Calcutta medical institutions reports 1871-78
Year: 1871
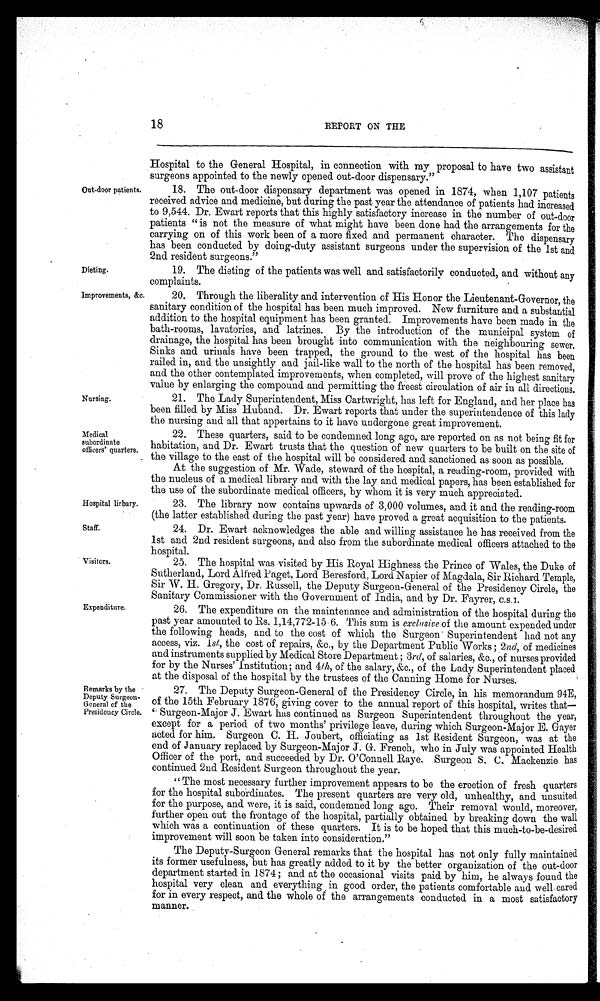
Dieting.
Improvements, &c.
18
REPORT ON THE
Out-door patients.
Hospital to the General Hospital, in connection with my proposal to have two assistant
surgeons appointed to the newly opened out-door dispensary."
18. The out-door dispensary department was opened in 1874, when 1,107 patients
received advice and medicine, but during the past year the attendance of patients had increased
to 9,544. Dr. Ewart reports that this highly satisfactory increase in the number of out-door
patients "is not the measure of what might have been done had the arrangements for the
carrying on of this work been of a more fixed and permanent character. The dispensary
has been conducted by doing-duty assistant surgeons under the supervision of the 1st and
2nd resident surgeons."
19. The dieting of the patients was well and satisfactorily conducted, and without any
complaints.
20. Through the liberality and intervention of His Honor the Lieutenant-Governor, the
sanitary condition of the hospital has been much improved. New furniture and a substantial
addition to the hospital equipment has been granted. Improvements have been made in the
bath-rooms, lavatories, and latrines. By the introduction of the municipal system of
drainage, the hospital has been brought into communication with the neighbouring sewer.
Sinks and urinals have been trapped, the ground to the west of the hospital has been
railed in, and the unsightly and jail-like wall to the north of the hospital has been removed,
and the other contemplated improvements, when completed, will prove of the highest sanitary
value by enlarging the compound and permitting the freest circulation of air in all directions.
Nursing.
Medical
subordinate
officers' quarters.
Hospital lirbary.
Staff.
Visitors.
Expenditure.
21. The Lady Superintendent, Miss Cartwright, has left for England, and her place has
been filled by Miss Huband. Dr. Ewart reports that under the superintendence of this lady
the nursing and all that appertains to it have undergone great improvement.
22. These quarters, said to be condemned long ago, are reported on as not being fit for
habitation, and Dr. Ewart trusts that the question of new quarters to be built on the site of
the village to the east of the hospital will be considered and sanctioned as soon as possible.
At the suggestion of Mr. Wade, steward of the hospital, a reading-room, provided with
the nucleus of a medical library and with the lay and medical papers, has been established for
the use of the subordinate medical officers, by whom it is very much appreciated.
23. The library now contains upwards of 3,000 volumes, and it and the reading-room
(the latter established during the past year) have proved a great acquisition to the patients.
24. Dr. Ewart acknowledges the able and willing assistance he has received from the
1st and 2nd resident surgeons, and also from the subordinate medical officers attached to the
hospital.
25. The hospital was visited by His Royal Highness the Prince of Wales, the Duke of
Sutherland, Lord Alfred. Paget, Lord Beresford, Lord Napier of Magdala, Sir Richard Temple,
Sir W. H. Gregory, Dr. Russell, the Deputy Surgeon-General of the Presidency Circle, the
Sanitary Commissioner with the Government of India, and by Dr. Fayrer, C.S.I.
26. The expenditure on the maintenance and administration of the hospital during the
past year amounted to Rs. 1,14,772-15.6. This sum is exclusive of the amount expended under
the following heads, and to the cost of which the Surgeon Superintendent had not any
access, viz. 1st, the cost of repairs, &c., by the Department Public Works; 2 nd, of medicines
and. instruments supplied by Medical Store Department ; 3 rd, of salaries, &c., of nurses provided
for by the Nurses' institution; and 4th, of the salary, &c., of the Lady Superintendent placed
at the disposal of the hospital by the trustees of the Canning Home for Nurses.
Remarks by the
Deputy Surgeon.
General of the
Presidency Circle.
27. The Deputy Surgeon-General of the Presidency Circle, in his memorandum 94E,
of the 15th February 1876, giving cover to the annual report of this hospital, writes that
—
Surgeon-Major J. Ewart has continued as Surgeon Superintendent throughout the year,
except for a period of two months' privilege leave, during which Surgeon-Major E. Gayer
acted for him. Surgeon C. H. Joubert, officiating as 1st Resident Surgeon, was at the
end of January replaced by Surgeon-Major J. G. French, who in July was appointed Health
Officer of the port, and succeeded by Dr. O'Connell Raye. Surgeon S. C. Mackenzie has
continued 2nd Resident Surgeon throughout the year.
" The most necessary further improvement appears to be the erection of fresh quarters
for the hospital subordinates. The present quarters are very old, unhealthy, and unsuited
for the purpose, and were, it is said, condemned long ago. Their removal would, moreover,
further open out the frontage of the hospital, partially obtained by breaking down the wall
which was a continuation of these quarters. It is to be hoped that this much-to-be-desired
improvement will soon be taken into consideration."
The Deputy-Surgeon General remarks that. the hospital has not only fully maintained
its former usefulness, but has greatly added to it by the better organization of the out-door
department started in 1874; and at the occasional visits paid by him, he always found the
hospital very clean and everything in good order, the patients comfortable and well, cared
for in every respect, and. the whole of the arrangements conducted in a most satisfactory
manner.